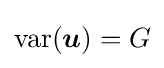
\operatorname {var} ({\boldsymbol {u}})=G